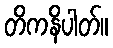
တိကနိပါတ်။